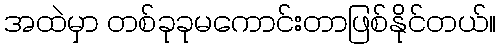
အထဲမှာ တစ်ခုခုမကောင်းတာဖြစ်နိုင်တယ်။